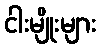
ငါးမျိုးများ